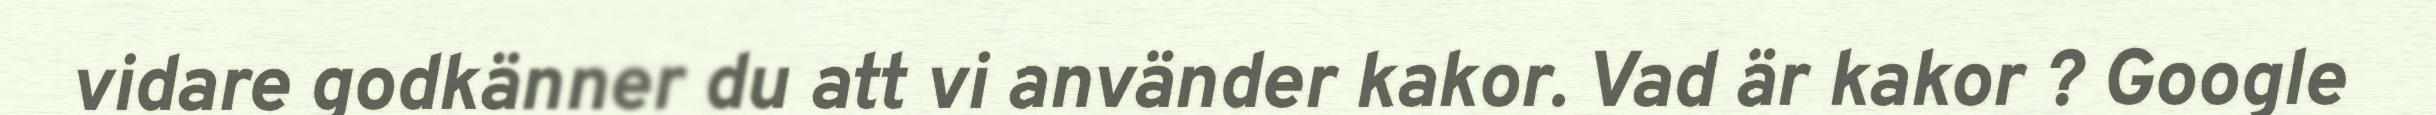
vidare godkänner du att vi använder kakor. Vad är kakor ? Google